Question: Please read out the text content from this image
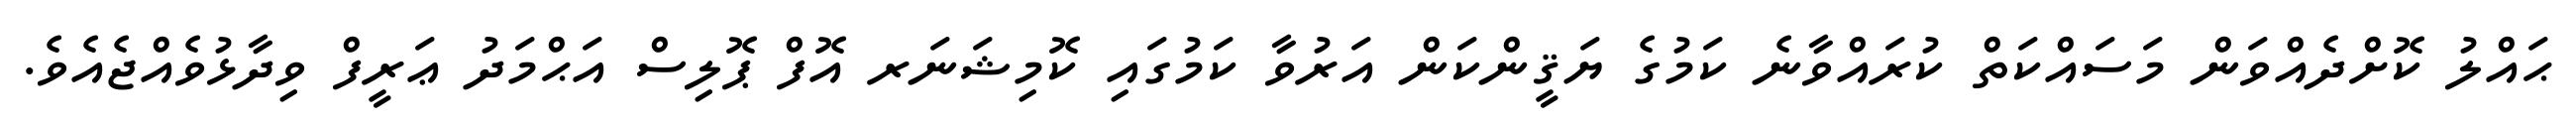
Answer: ޙައްލު ކޮށްދެއްވަން މަސައްކަތް ކުރައްވާނެ ކަމުގެ ޔަޤީންކަން އަރުވާ ކަމުގައި ކޮމިޝަނަރ އޮފް ޕޮލިސް އަޙްމަދު ޢަރީފް ވިދާޅުވެއްޖެއެވެ.